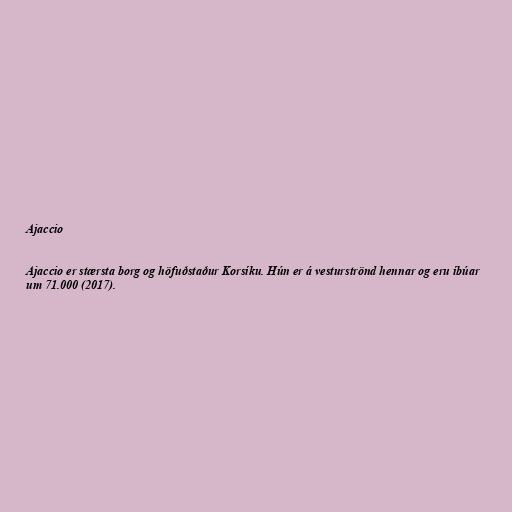
Ajaccio

Ajaccio er stærsta borg og höfuðstaður Korsíku. Hún er á vesturströnd hennar og eru íbúar
um 71.000 (2017).